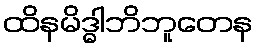
ထိနမိဒ္ဓါဘိဘူတေန